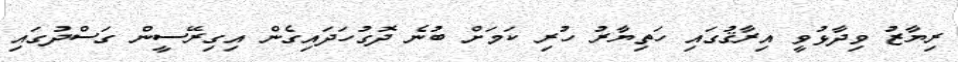
ރިޔާޒު ވިދާޅުވީ އިރާޤުގައި ހަތިޔާރު ހުރި ކަމަށް ބުނެ ދޮގުހަދައިގެން އިގިރޭސީން ގަސްދުގައި